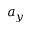
a _ { y }